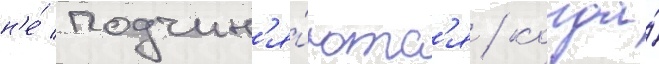
н'е́ подчин'я́ютс'я / когда́